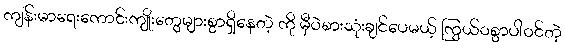
ကျန်းမာရေးကောင်းကျိုးတွေများစွာရှိနေတဲ့ ကို မှီဝဲစားသုံးချင်ပေမယ့် ကြွယ်ဝစွာပါဝင်တဲ့